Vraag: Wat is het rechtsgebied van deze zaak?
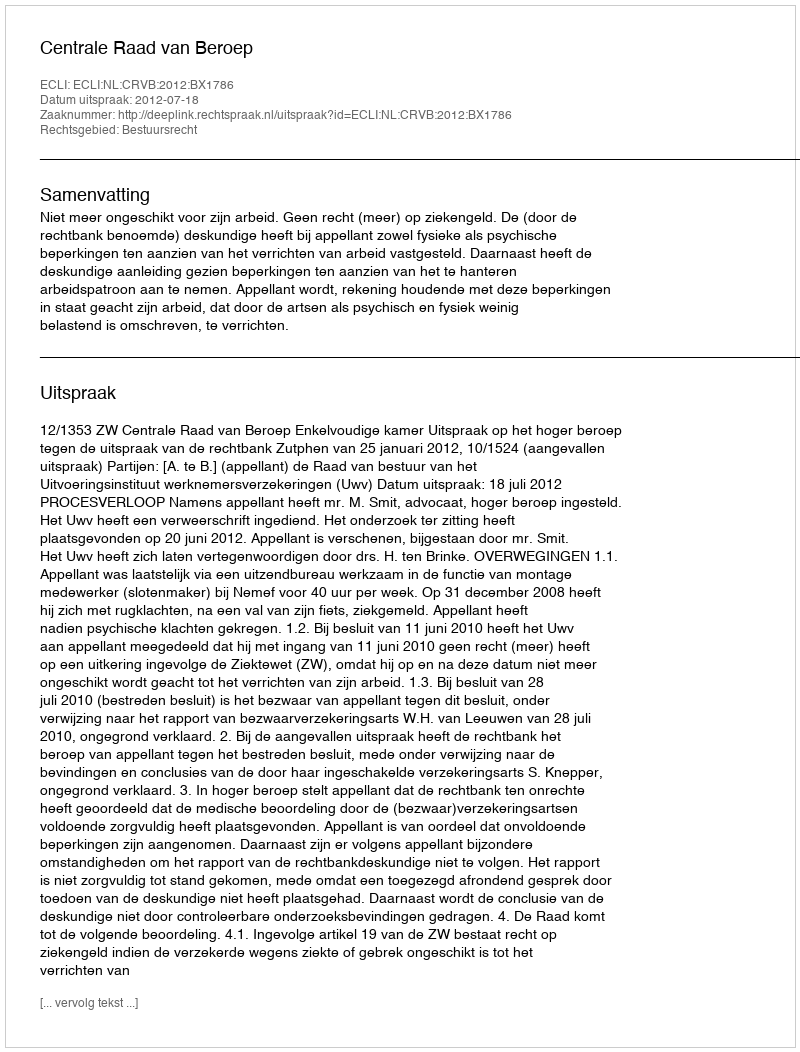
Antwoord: Bestuursrecht